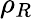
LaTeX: \rho_{R}